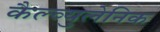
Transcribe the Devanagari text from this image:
कैल्व्युलेनिक